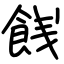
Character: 䬻